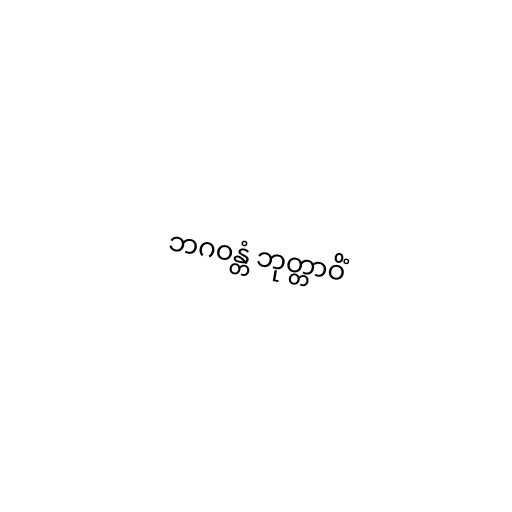
ဘဂဝန္တံ ဘုတ္တာဝိံ